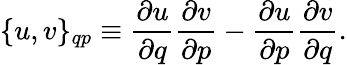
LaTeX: \{ u,v\} _{qp}\equiv{\frac{\partial u}{\partial q}}{\frac{\partial v}{\partial p}}-{\frac{\partial u}{\partial p}}{\frac{\partial v}{\partial q}}.